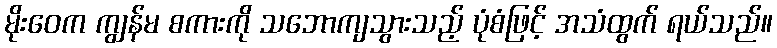
မိုးဝေက ကျွန်မ စကားကို သဘောကျသွားသည့် ပုံစံဖြင့် အသံထွက် ရယ်သည်။